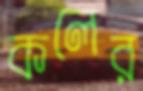
কলের